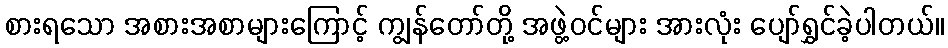
စားရသော အစားအစာများကြောင့် ကျွန်တော်တို့ အဖွဲ့ဝင်များ အားလုံး ပျော်ရွှင်ခဲ့ပါတယ်။